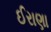
ઈરાણા